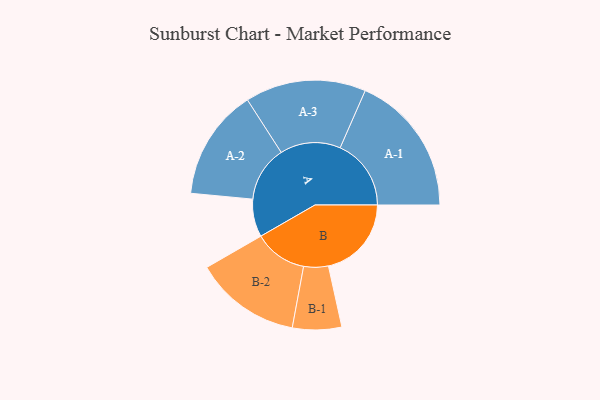
{"axis": {"x": "Segment", "y": "Value"}, "legend": ["", "A", "B"], "data": [{"x": "A", "y": 154, "type": ""}, {"x": "B", "y": 338, "type": ""}, {"x": "A-1", "y": 289, "type": "A"}, {"x": "A-2", "y": 226, "type": "A"}, {"x": "A-3", "y": 246, "type": "A"}, {"x": "B-1", "y": 100, "type": "B"}, {"x": "B-2", "y": 216, "type": "B"}]}